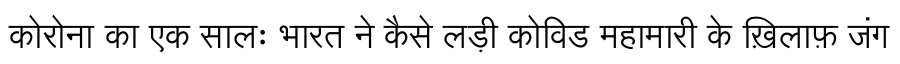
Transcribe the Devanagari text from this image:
कोरोना का एक सालः भारत ने कैसे लड़ी कोविड महामारी के ख़िलाफ़ जंग